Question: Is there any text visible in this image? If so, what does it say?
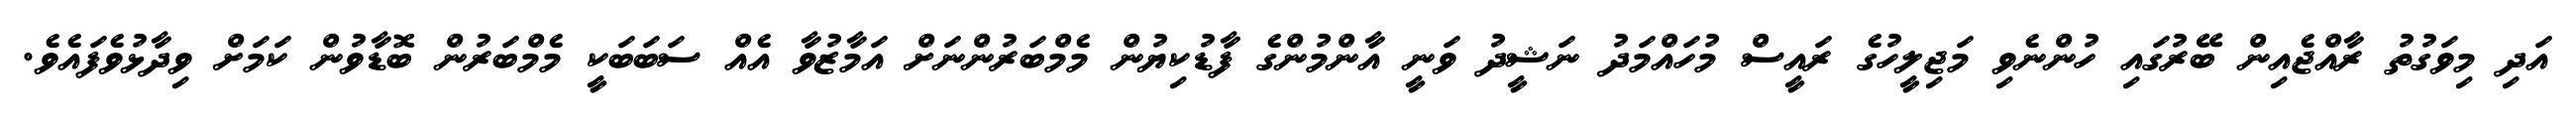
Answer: އަދި މިވަގުތު ރާއްޖެއިން ބޭރުގައި ހުންނެވި މަޖިލީހުގެ ރައީސް މުހައްމަދު ނަޝީދު ވަނީ އާންމުންގެ ފާޑުކިޔުން މެމްބަރުންނަށް އަމާޒުވާ އެއް ސަބަބަކީ މެމްބަރުން ބޮޑާވުން ކަމަށް ވިދާޅުވެފައެވެ.